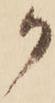
か